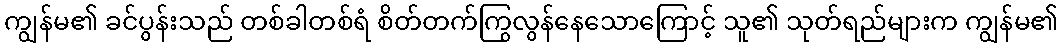
ကျွန်မ၏ ခင်ပွန်းသည် တစ်ခါတစ်ရံ စိတ်တက်ကြွလွန်နေသောကြောင့် သူ၏ သုတ်ရည်များက ကျွန်မ၏